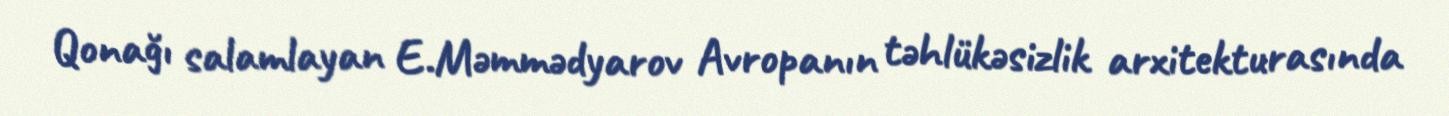
Qonağı salamlayan E.Məmmədyarov Avropanın təhlükəsizlik arxitekturasında